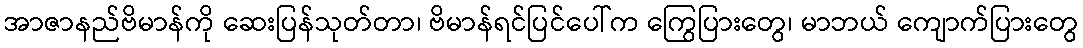
အာဇာနည်ဗိမာန်ကို ဆေးပြန်သုတ်တာ၊ ဗိမာန်ရင်ပြင်ပေါ်က ကြွေပြားတွေ၊ မာဘယ် ကျောက်ပြားတွေ